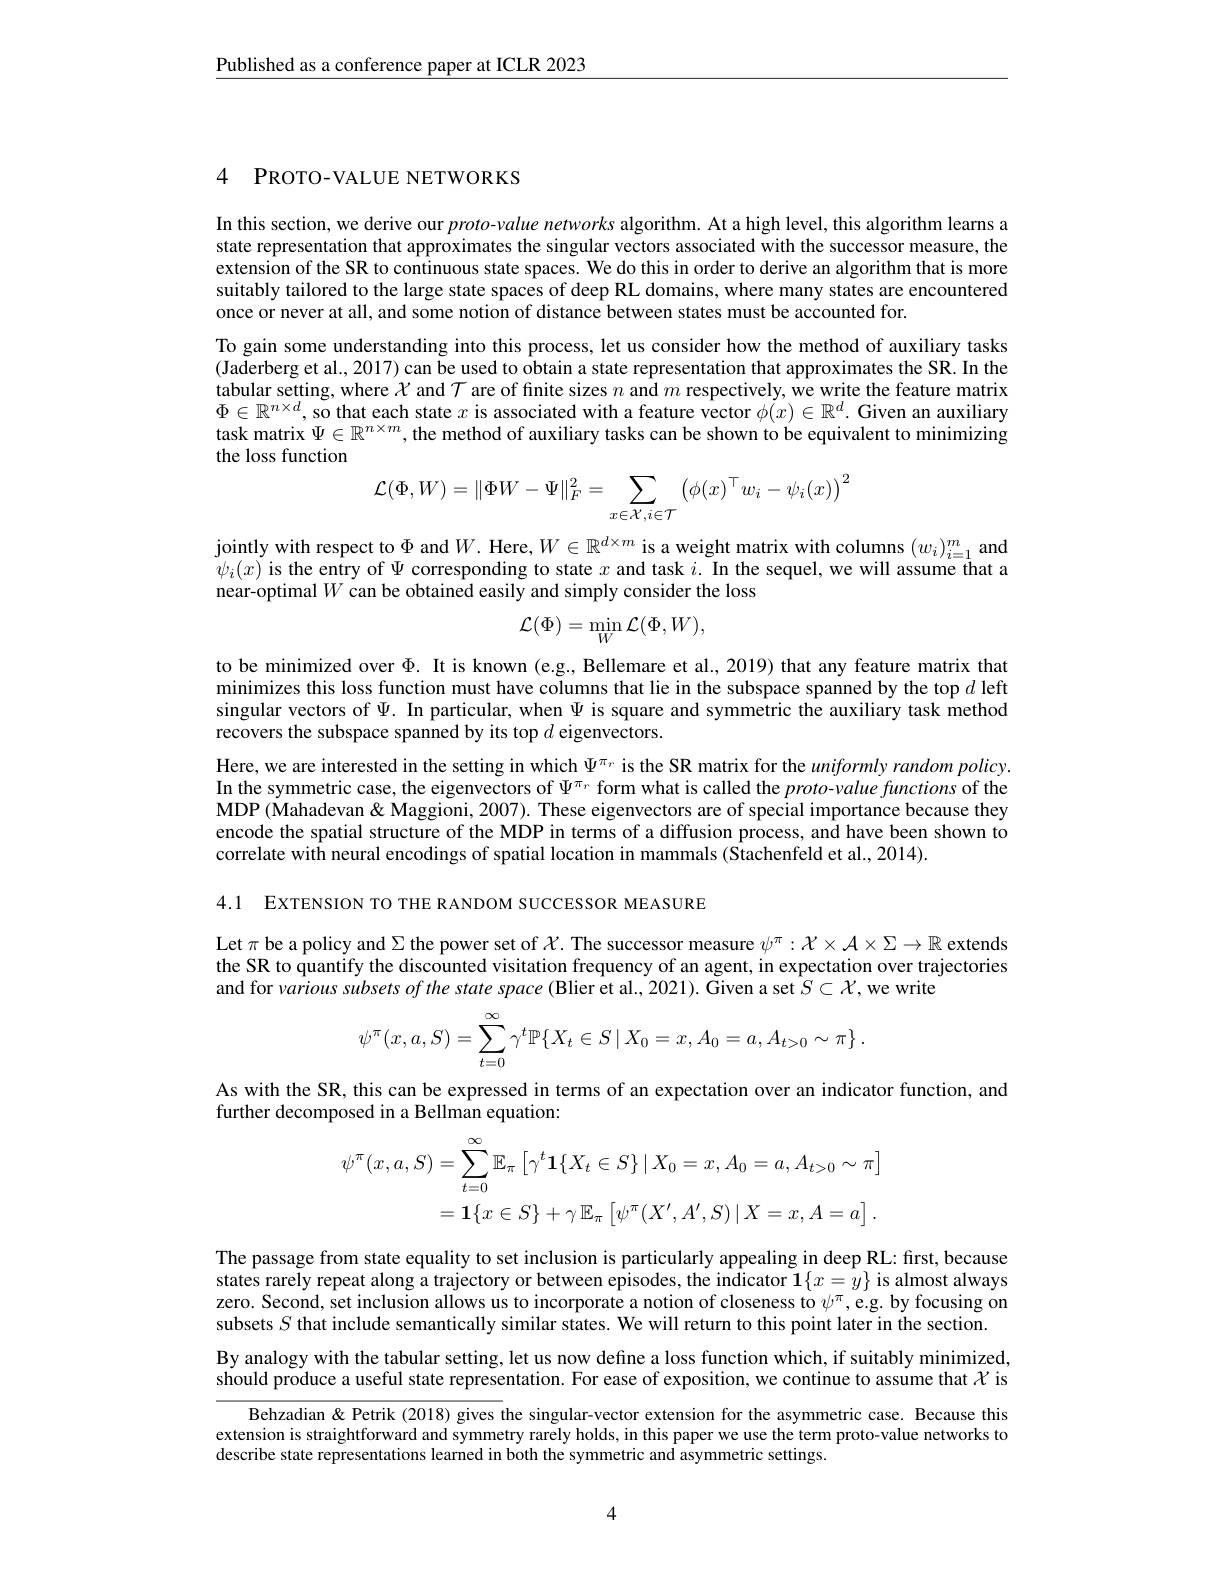
$\underline{\text{Published as a conference paper at ICLR 2023}}$

4 PROTO-VALUE NETWORKS

In this section, we derive our $proto-value$ networks algorithm. At a high level, this algorithm learns a state representation that approximates the singular vectors associated with the successor measure, the extension of the SR to continuous state spaces. We do this in order to derive an algorithm that is more suitably tailored to the large state spaces of deep RL domains, where many states are encountered once or never at all, and some notion of distance between states must be accounted for.
To gain some understanding into this process, let us consider how the method of auxiliary tasks (Jaderberg et al., 2017) can be used to obtain a state representation that approximates the SR. In the tabular setting, where $\mathcal{X}$ and $\mathcal{T}$ are of finite sizes $n$ and $m$ respectively, we write the feature matrix $\Phi\in\mathbb{R}^{n\times d}$, so that each state $x$ is associated with a feature vector $\phi(x)\in\mathbb{R}^d.$ Given an auxiliary task matrix $\Psi\in\mathbb{R}^{n\times m}$, the method of auxiliary tasks can be shown to be equivalent to minimizing the loss function
$$\mathcal{L}(\Phi,W)=\|\Phi W-\Psi\|_F^2=\sum_{x\in\mathcal{X},i\in\mathcal{T}}\left(\phi(x)^\top w_i-\psi_i(x)\right)^2$$
jointly with respect to $\Phi$ and $W.$ Here,$W\in\mathbb{R}^d\times m$ is a weight matrix with columns $(w_i)_i=1^m$ and $\psi_{i}(x)$ is the entry of $\Psi$ corresponding to state $x$ and task $i.$ In the sequel, we will assume that a near-optimal $W$ can be obtained easily and simply consider the loss
$$\mathcal{L}(\Phi)=\min_{W}\mathcal{L}(\Phi,W),$$
to be minimized over $\Phi.$ It is known (e.g., Bellemare et al., 2019) that any feature matrix that minimizes this loss function must have columns that lie in the subspace spanned by the top $d$ left singular vectors of $\Psi.$ In particular, when $\Psi$ is square and symmetric the auxiliary task method recovers the subspace spanned by its top $d$ eigenvectors.

Here, we are interested in the setting in which $\Psi^{\pi_{\nu}}$ is the SR matrix for the uniformly random policy. In the symmetric case, the eigenvectors of $\Psi^{\pi_r}$ form what is called the proto-value functions of the MDP (Mahadevan& Maggioni, 2007). These eigenvectors are of special importance because they encode the spatial structure of the MDP in terms of a diffusion process, and have been shown to correlate with neural encodings of spatial location in mammals (Stachenfeld et al., 2014).

4.1 EXTENSION TO THE RANDOM SUCCESSOR MEASURE

Let $\pi$ be a policy and $\Sigma$ the power set of $\mathcal{X}.$ The successor measure $\psi^\pi:\mathcal{X}\times\mathcal{A}\times\Sigma\to\mathbb{R}$ extends the SR to quantify the discounted visitation frequency of an agent, in expectation over trajectories and for various subsets of the state space (Blier et al., 2021). Given a set $S\subset\mathcal{X}$,we write
$$\psi^\pi(x,a,S)=\sum\limits_{t=0}^\infty\gamma^t\mathbb{P}\{X_t\in S\mid X_0=x,A_0=a,A_{t>0}\sim\pi\}\:.$$
As with the SR, this can be expressed in terms of an expectation over an indicator function, and
further decomposed in a Bellman equation:
$$\begin{aligned}\psi^{\pi}(x,a,S)&=\sum_{t=0}^{\infty}\mathbb{E}_{\pi}\left[\gamma^{t}\mathbf{1}\{X_{t}\in S\}\mid X_{0}=x,A_{0}=a,A_{t>0}\sim\pi\right]\\&=\mathbf{1}\{x\in S\}+\gamma\:\mathbb{E}_{\pi}\left[\psi^{\pi}(X^{\prime},A^{\prime},S)\mid X=x,A=a\right].\end{aligned}$$
The passage from state equality to set inclusion is particularly appealing in deep RL: first, because states rarely repeat along a trajectory or between episodes, the indicator $\mathbf{1}\{x=\hat{y}\}$ is almost always zero. Second, set inclusion allows us to incorporate a notion of closeness to $\psi^\pi$,e.g by focusing on subsets $S$ that include semantically similar states. We will return to this point later in the section.

By analogy with the tabular setting, let us now define a loss function which, if suitably minimized, should produce a useful state representation. For ease of exposition, we continue to assume that $\chi$ is
Behzadian &Petrik (2018) gives the singular-vector extension for the asymmetric case. Because this extension is straightforward and symmetry rarely holds, in this paper we use the term proto-value networks to describe state representations learned in both the symmetric and asymmetric settings.

4